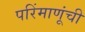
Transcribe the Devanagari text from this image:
परिंमाणूंची